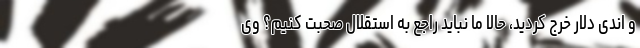
و اندی دلار خرج کردید، حالا ما نباید راجع به استقلال صحبت کنیم؟ وی